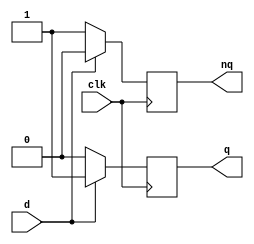
`timescale 1ns / 1ps
//////////////////////////////////////////////////////////////////////////////////
// Company: 
// Engineer: 
// 
// Design Name: 
// Module Name: rs_flipflop
// Project Name: 
// Target Devices: 
// Tool Versions: 
// Description: 
// 
// Dependencies: 
// 
// Revision:
// Revision 0.01 - File Created
// Additional Comments:
// 
//////////////////////////////////////////////////////////////////////////////////
module dffD(d, q, nq, clk);
input d, clk;
output q, nq;
reg q, nq;

always@(posedge clk) begin
    if (d == 0) begin
    q <= 0; nq <= 1; end
    else begin
    q <= 1; nq <= 0; end
end
endmodule